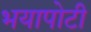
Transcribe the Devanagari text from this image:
भयापोटी